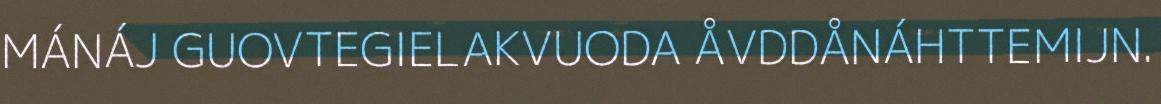
MÁNÁJ GUOVTEGIELAKVUODA ÅVDDÅNÁHTTEMIJN.